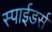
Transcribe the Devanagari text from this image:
स्पाईडर्स